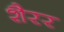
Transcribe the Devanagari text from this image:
शैरर